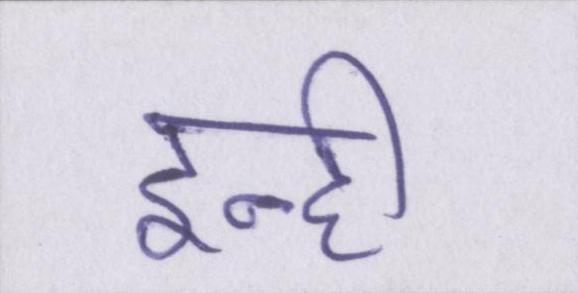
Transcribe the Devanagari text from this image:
इन्ही